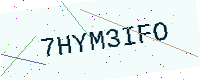
Text: 7HYM3IFO